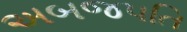
અબજપતિ